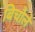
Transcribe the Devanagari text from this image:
बिचौले